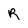
Character: R